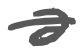
Text: a
Cross-out: single-line
Writing tool: digital_gray